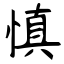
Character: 慎